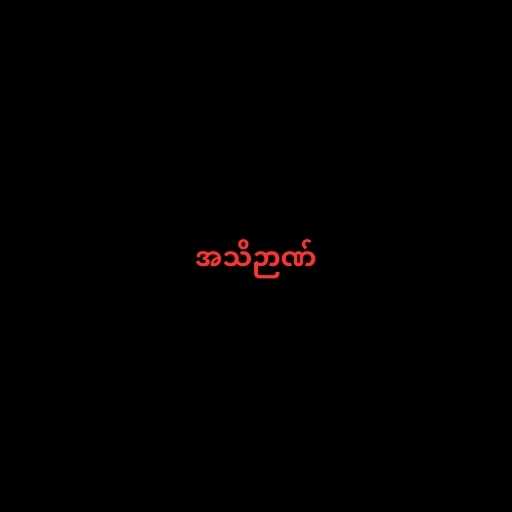
အသိဉာဏ်